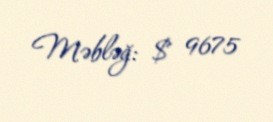
Məbləğ: $ 9675